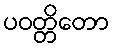
ပဝတ္တိတော